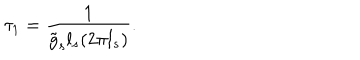
LaTeX: \tau _ { 1 } = \frac { 1 } { \tilde { g } _ { s } l _ { s } ( 2 \pi l _ { s } ) } .